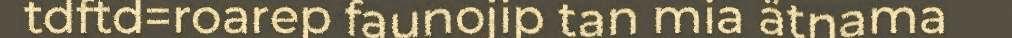
tdftd=roarep faunojip tan mia ätnama